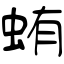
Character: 蛕